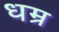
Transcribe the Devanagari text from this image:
धम्र